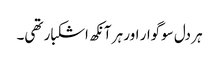
ہر دل سوگوار اور ہر آنکھ اشکبار تھی۔